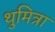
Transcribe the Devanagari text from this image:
थुमित्रा